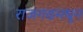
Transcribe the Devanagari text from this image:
राजगढमधून